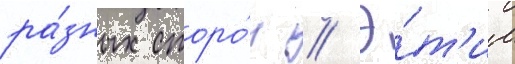
ра́зных сторо́н // Э́т'им